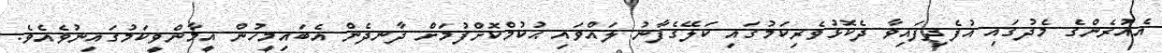
އެއުރެންގެ މެދުގައި އުފެދިފައިވާ ދެކޮޅުވެރިކަމުގައި ކަލޭގެފާނު ލައްވައި ޙުކުމްކޮށްފުމަށް ދާނދެން އެބައިމީހުން އީމާންވީކަމުގައިނުވެއެވެ.